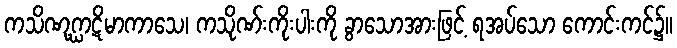
ကသိဏုဂ္ဃာဋိမာကာသေ၊ ကသိုဏ်းကိုးပါးကို ခွာသောအားဖြင့် ရအပ်သော ကောင်းကင်၌။